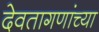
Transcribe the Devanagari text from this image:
देवतागणांच्या